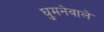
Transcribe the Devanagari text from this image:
घुमनेवाले